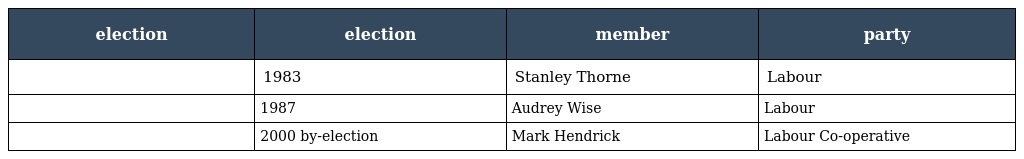
| election | election | member | party |
 | --- | --- | --- | --- |
 |  | 1983 | Stanley Thorne | Labour |
 |  | 1987 | Audrey Wise | Labour |
 |  | 2000 by-election | Mark Hendrick | Labour Co-operative |